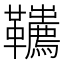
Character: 𩎇